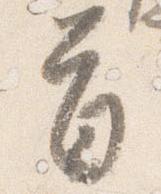
首